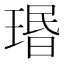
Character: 瑉